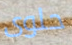
حلوى